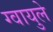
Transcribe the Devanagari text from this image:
ग्वायुले